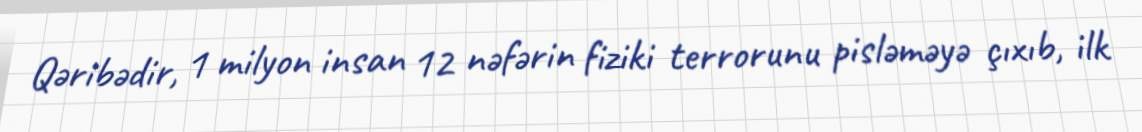
Qəribədir, 1 milyon insan 12 nəfərin fiziki terrorunu pisləməyə çıxıb, ilk